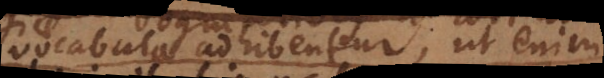
vocabula adhibentur; ut enim